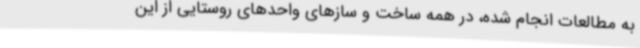
به مطالعات انجام شده، در همه ساخت و سازهای واحدهای روستایی از این